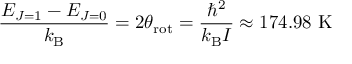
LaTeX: { \frac { E _ { J = 1 } - E _ { J = 0 } } { k _ { \mathrm { B } } } } = 2 \theta _ { \mathrm { r o t } } = { \frac { \hbar ^ { 2 } } { k _ { \mathrm { B } } I } } \approx 1 7 4 . 9 8 { \mathrm { ~ K } }